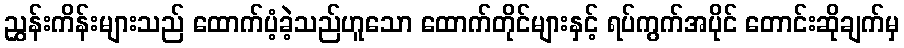
ညွှန်းကိန်းများသည် ထောက်ပံ့ခဲ့သည်ဟူသော ထောက်တိုင်များနှင့် ရပ်ကွက်အပိုင် တောင်းဆိုချက်မှ